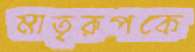
মাতৃরূপকে